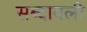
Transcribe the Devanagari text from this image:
सब्दावली